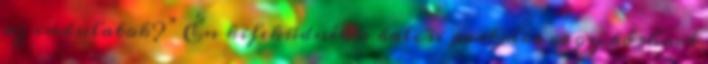
az indulatok?” Én kifeküdnék a balcsi partjára vagy bárhová